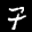
Label: 7